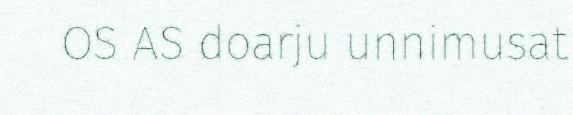
OS AS doarju unnimusat